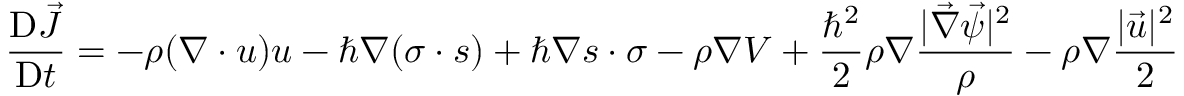
\frac { \mathrm { D } \vec { J } } { \mathrm { D } t } = - \rho ( \boldsymbol { \nabla } \cdot \boldsymbol { u } ) \boldsymbol { u } - \hbar \boldsymbol { \nabla } ( \boldsymbol { \sigma } \cdot \boldsymbol { s } ) + \hbar \boldsymbol { \nabla } \boldsymbol { s } \cdot \boldsymbol { \sigma } - \rho \boldsymbol { \nabla } V + \frac { { \hbar } ^ { 2 } } { 2 } \rho \boldsymbol { \nabla } \frac { | \vec { \nabla } \vec { \psi } | ^ { 2 } } { \rho } - \rho \boldsymbol { \nabla } \frac { | \vec { u } | ^ { 2 } } { 2 }